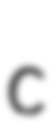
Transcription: c